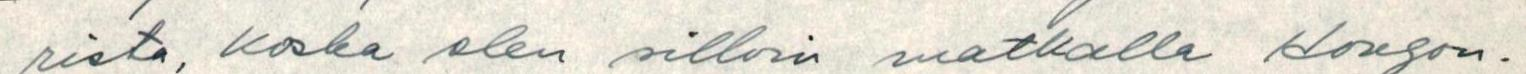
rista, koska olen silloin matkalla Hongon-